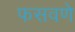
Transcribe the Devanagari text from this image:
फसवणे